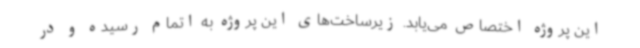
این پروژه اختصاص می‌یابد. زیرساخت‌های این پروژه به اتمام رسیده و در